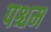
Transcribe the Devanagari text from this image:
पश्चम